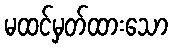
မထင်မှတ်ထားသော